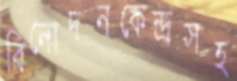
বিনোদনকেন্দ্রসহ